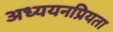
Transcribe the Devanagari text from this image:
अध्ययनप्रियता